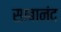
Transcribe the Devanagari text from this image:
साबानंद